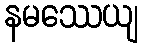
နမဿေယျ